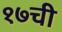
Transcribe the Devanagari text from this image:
१७ची